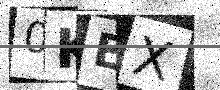
Text: 0KEX